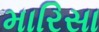
મારિસા